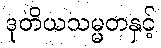
ဒုတိယသမ္မတနှင့်